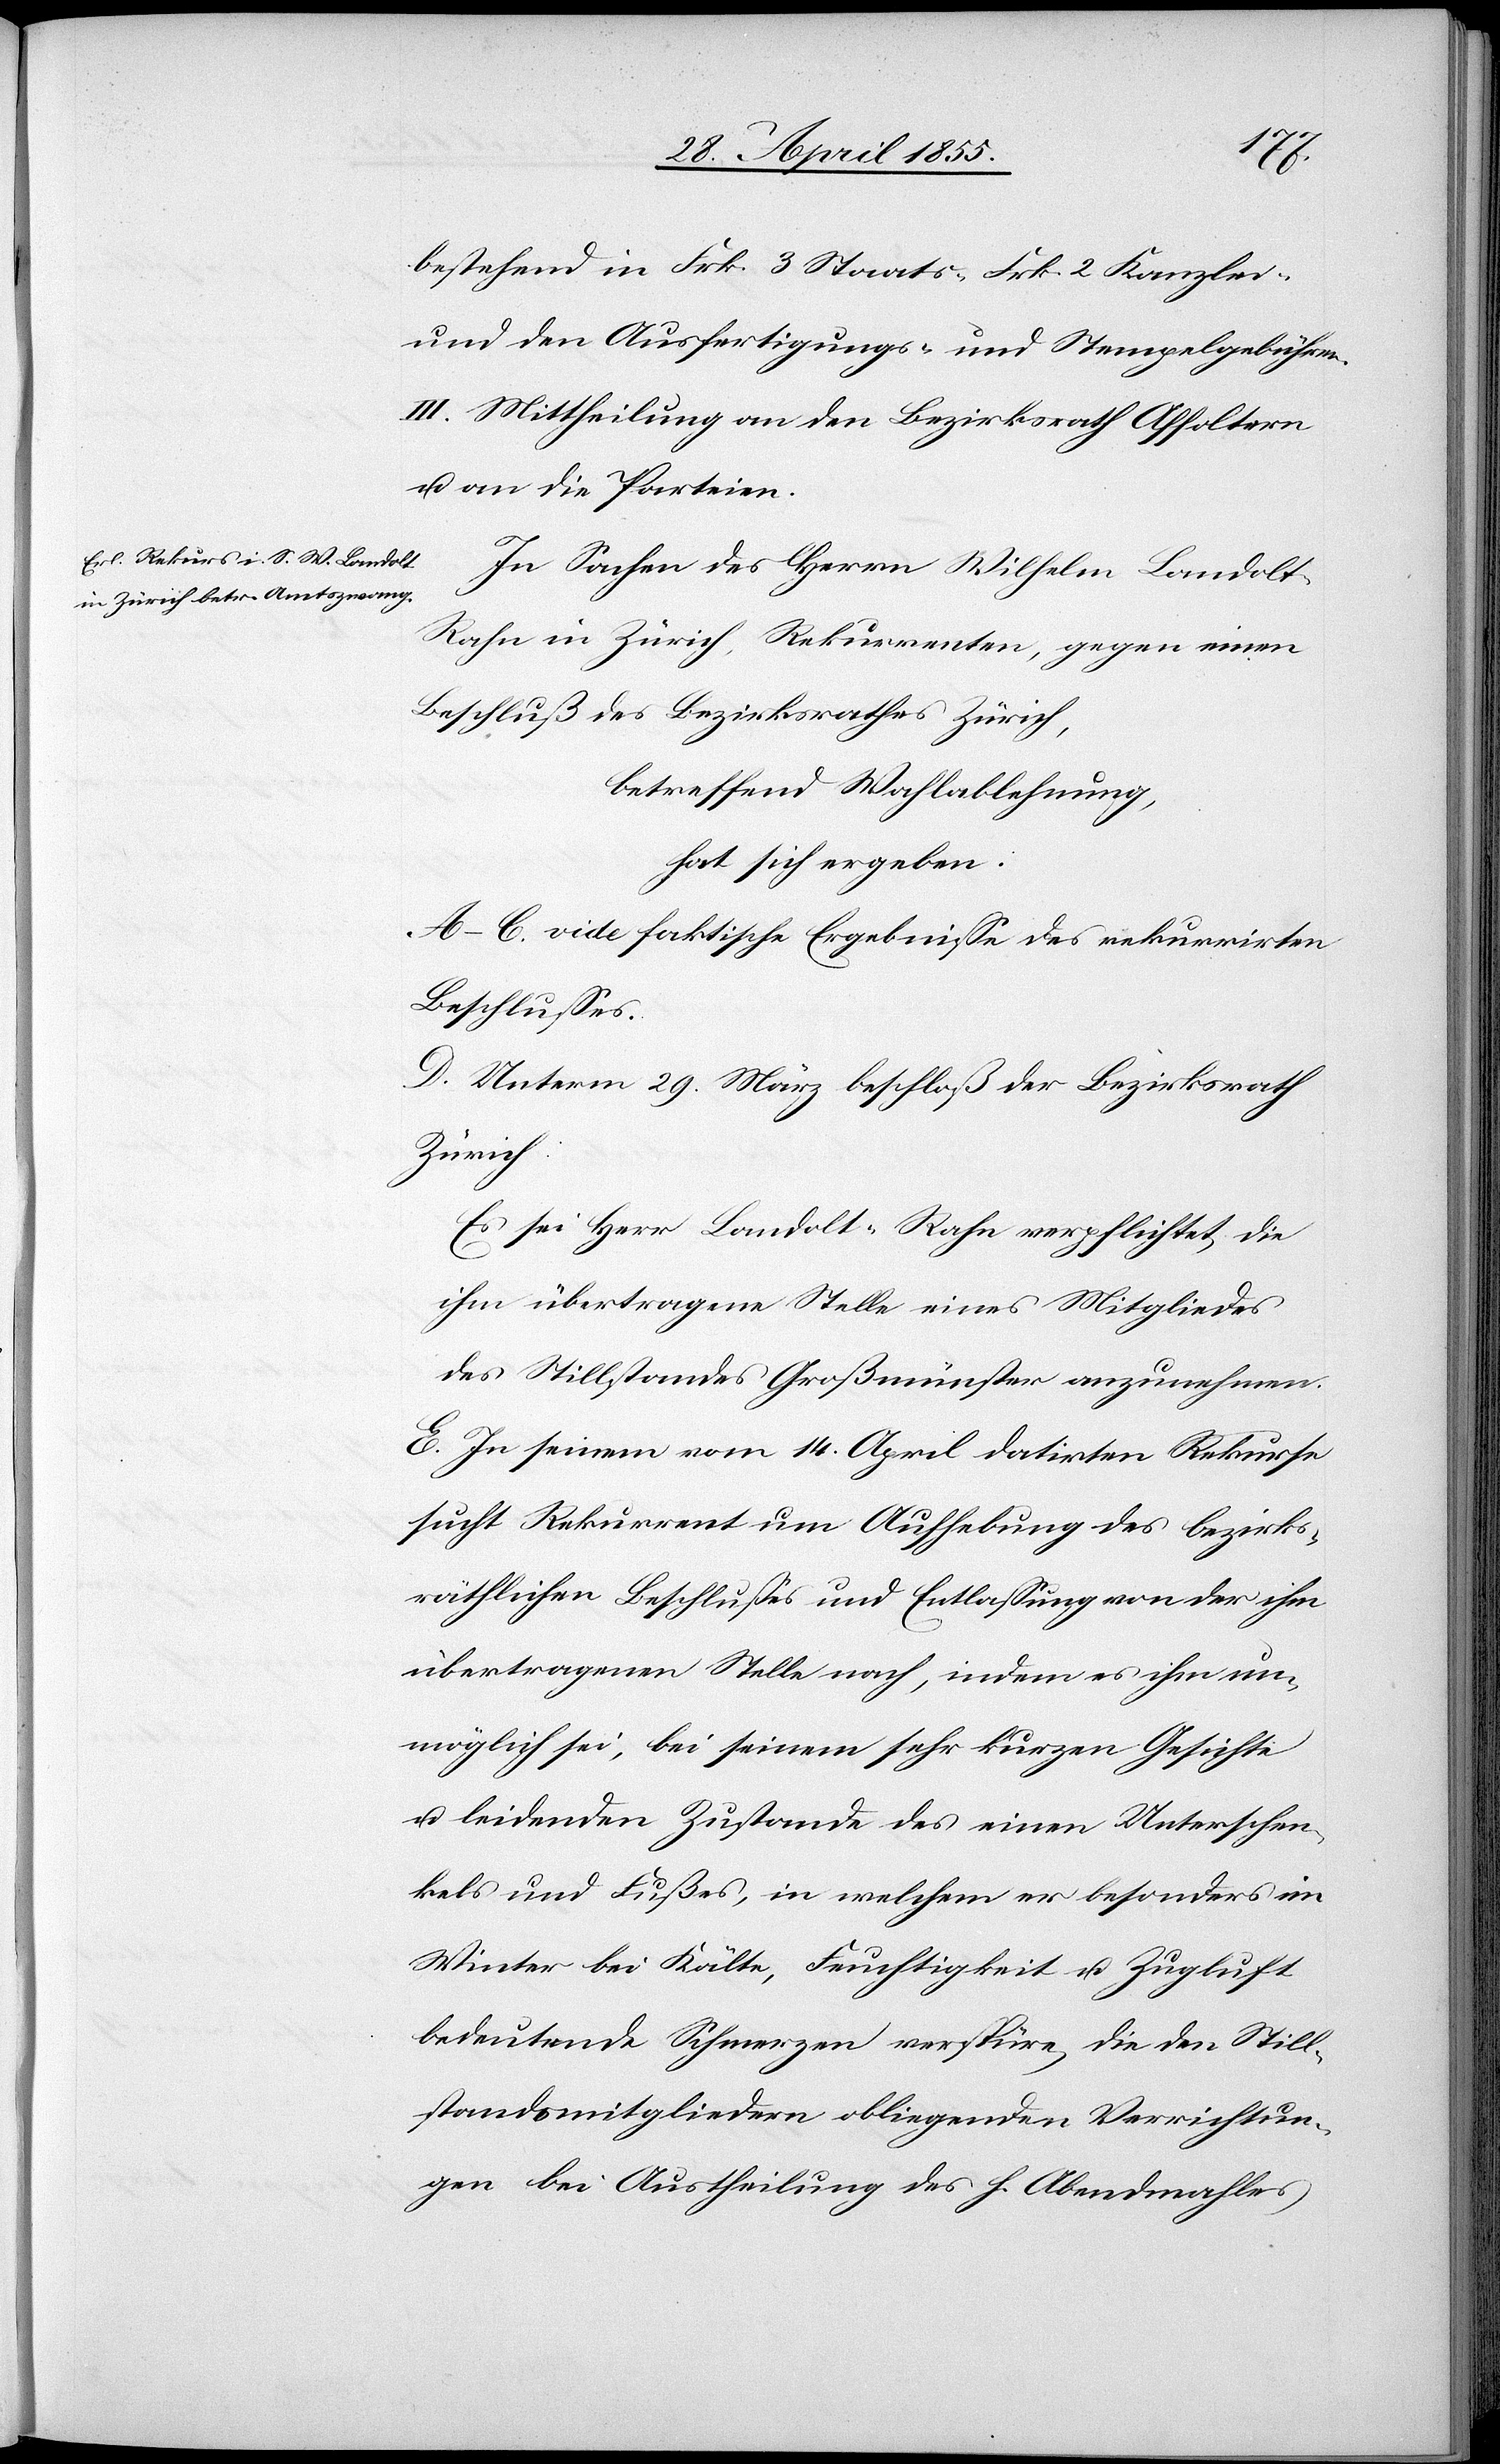
bestehend in Frk. 3 Staats-[,] Frk. 2 Kanzlei-
und den Ausfertigungs- und Stempelgebühren.
III. Mittheilung an den Bezirksrath Affoltern
u. an die Parteien.
In Sachen des Herrn Wilhelm Landolt-R¬
ahn in Zürich, Rekurrenten, gegen einen
Beschluß des Bezirksrathes Zürich,
betreffend Wahlablehnung,
hat sich ergeben:
A–C. vide faktische Ergebnisse des rekurrirten
Beschlusses.
D. Unterm 29. März beschloß der Bezirksrath
Zürich
Es sei Herr Landolt-Rahn verpflichtet, die
ihm übertragene Stelle eines Mitgliedes
des Stillstandes Großmünster anzunehmen.
E. In seinem vom 14. April datirten Rekurse
sucht Rekurrent um Aufhebung des bezirks¬
räthlichen Beschlusses und Entlassung von der ihm
übertragenen Stelle nach, indem es ihm un¬
möglich sei, bei seinem sehr kurzen Gesichte
u. leidenden Zustande des einen Unterschen¬
kels und Fußes, in welchem er besonders im
Winter bei Kälte, Feuchtigkeit u. Zugluft
bedeutende Schmerzen verspüre, die den Still¬
standsmitgliedern obliegenden Verrichtun¬
gen bei Austheilung des h. Abendmahles